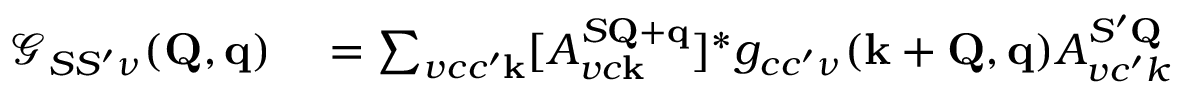
\begin{array} { r l } { \mathcal { G } _ { S S ^ { \prime } \nu } ( \mathbf { Q } , \mathbf { q } ) } & { { } = \sum _ { v c c ^ { \prime } \mathbf { k } } [ A _ { v c \mathbf { k } } ^ { S \mathbf { Q } + \mathbf { q } } ] ^ { * } g _ { c c ^ { \prime } \nu } ( \mathbf { k } + \mathbf { Q } , \mathbf { q } ) A _ { v c ^ { \prime } k } ^ { S ^ { \prime } \mathbf { Q } } } \end{array}